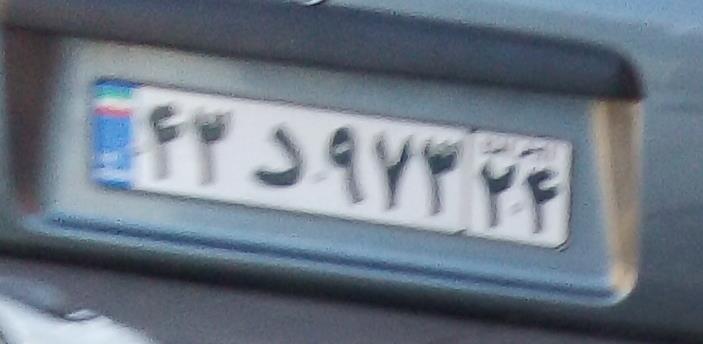
۴۳د۹۷۳۲۴